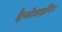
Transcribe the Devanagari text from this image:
हैप्लोटाइपिंग